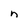
Character: n